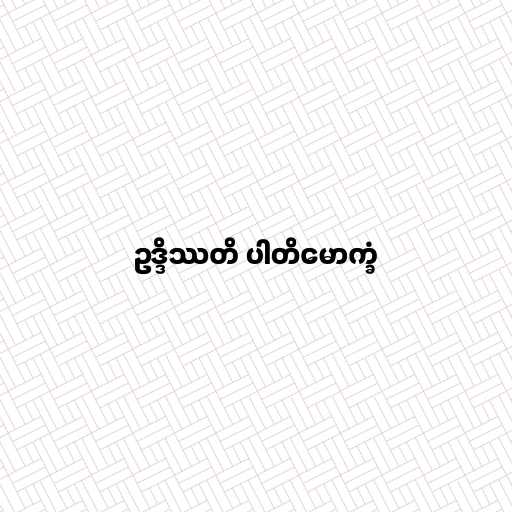
ဥဒ္ဒိဿတိ ပါတိမောက္ခံ